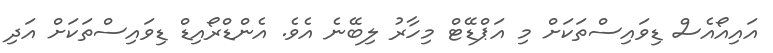
އައިއޯއެސް ޑިވައިސްތަކަށް މި އަޕްޑޭޓް މިހާރު ލިބޭނެ އެވެ. އެންޑްރޯއިޑް ޑިވައިސްތަކަށް އަދި